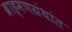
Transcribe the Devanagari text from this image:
ब्राह्मणग्रंथांत